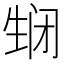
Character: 𬎵